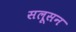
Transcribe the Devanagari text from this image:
सलूसन